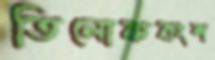
তিলোকবংশ